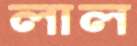
লাল